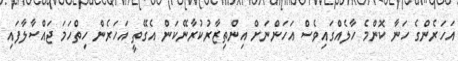
އަހަރެންގެ ހަނާ ކޮންމެ ހާލެއްގައިވެސް އަހަންނަށް އިންތިޒާރުކުރާނޭކަން އެގޭތީ އަހަރެން ހިތްހަމަ ޖައްސާލާފައި